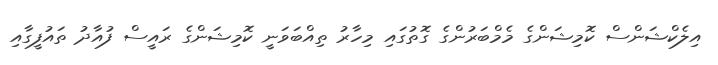
އިލެކްޝަންސް ކޮމިޝަންގެ މެމްބަރުންގެ ގޮތުގައި މިހާރު ތިއްބަވަނީ ކޮމިޝަންގެ ރައީސް ފުއާދު ތައުފީގާއި